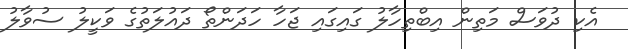
އެކި ދުވަސް މަތިން އިބްތިހާލު ގައިގައި ޖަހާ ހަދަންތޯ ދައުލަތުގެ ވަކީލު ސުވާލު